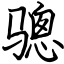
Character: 骢